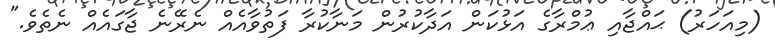
(މިއަހަރު) ޙައްޖާއި ޢުމްރާގެ އަޅުކަން އަދާކުރުން މަނާކުރާ ފަތުވާއެއް ނެރޭނެ ޖާގައެއް ނެތެވެ."